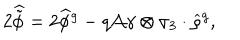
2 \widehat { \tilde { \phi } } = 2 \widehat { \phi } { } ^ { g } - q { \cal A } \gamma \otimes \sigma _ { 3 } \cdot \widehat { \varrho } { } ^ { g } ,